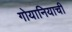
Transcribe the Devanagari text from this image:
गोयानियाची